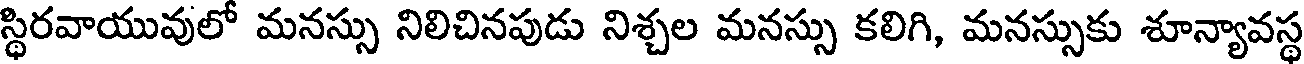
స్థిరవాయువులో మనస్సు నిలిచినపుడు నిశ్చల మనస్సు కలిగి, మనస్సుకు శూన్యావస్థ